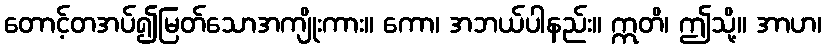
တောင့်တအပ်၍မြတ်သောအကျိုးကား။ ကော၊ အဘယ်ပါနည်း။ ဣတိ၊ ဤသို့။ အာဟ၊